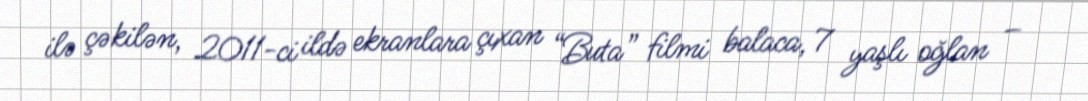
ilə çəkilən, 2011-ci ildə ekranlara çıxan “Buta” filmi balaca, 7 yaşlı oğlan –